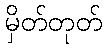
မှိတ်တုတ်